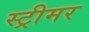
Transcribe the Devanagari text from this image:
स्ट्रीमर